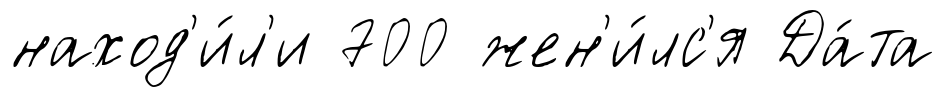
наход'и́л'и 700 жен'и́лс'я Да́та